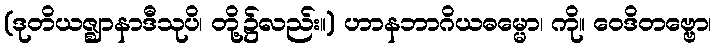
(ဒုတိယဇ္ဈာနာဒီသုပိ၊ တို့၌လည်း။) ဟာနဘာဂိယဓမ္မော၊ ကို။ ဝေဒိတဗ္ဗော၊